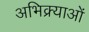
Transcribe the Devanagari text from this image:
अभिक्र्याओं